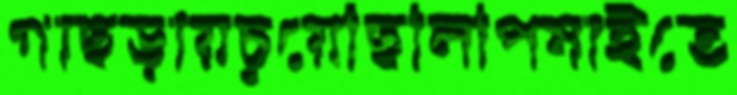
গাছড়ায়চুয়েছিলিপিষাইতে